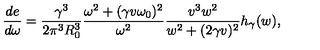
\frac { d e } { d \omega } = \frac { \gamma ^ { 3 } } { 2 \pi ^ { 3 } R _ { 0 } ^ { 3 } } \frac { \omega ^ { 2 } + ( \gamma v \omega _ { 0 } ) ^ { 2 } } { \omega ^ { 2 } } \frac { v ^ { 3 } w ^ { 2 } } { w ^ { 2 } + ( 2 \gamma v ) ^ { 2 } } h _ { \gamma } ( w ) ,